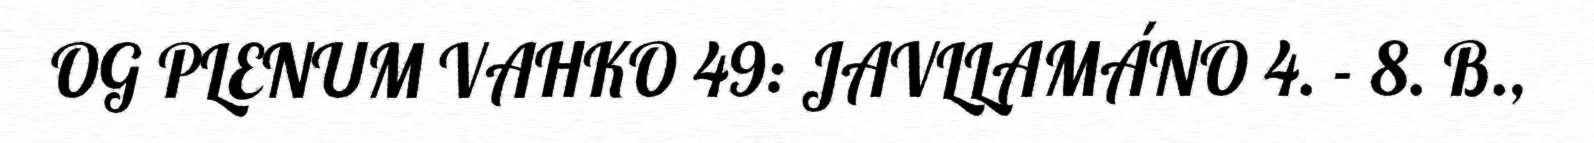
OG PLENUM VAHKO 49: JAVLLAMÁNO 4. - 8. B.,